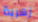
زهرية